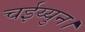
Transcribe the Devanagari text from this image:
चईय्युन।